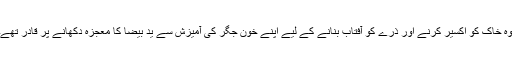
وہ خاک کو اکسیر کرنے اور ذرے کو آفتاب بنانے کے لیے اپنے خون جگر کی آمیزش سے ید بیضا کا معجزہ دکھانے پر قادر تھے۔